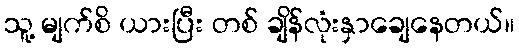
သူ့ မျက်စိ ယားပြီး တစ် ချိန်လုံးနှာချေနေတယ်။